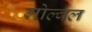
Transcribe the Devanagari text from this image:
गोल्वल